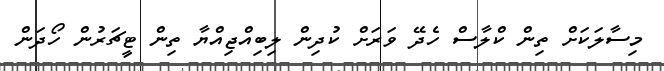
މިސާލަކަށް ތިން ކްލާސް ހެދޭ ވަރަށް ކުދިން ލިބިއްޖިއްޔާ ތިން ޓީޗަރުން ހޯދަން